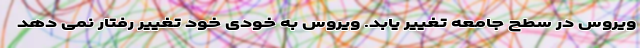
ویروس در سطح جامعه تغییر یابد. ویروس به خودی خود تغییر رفتار نمی دهد